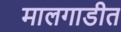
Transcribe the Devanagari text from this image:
मालगाडीत